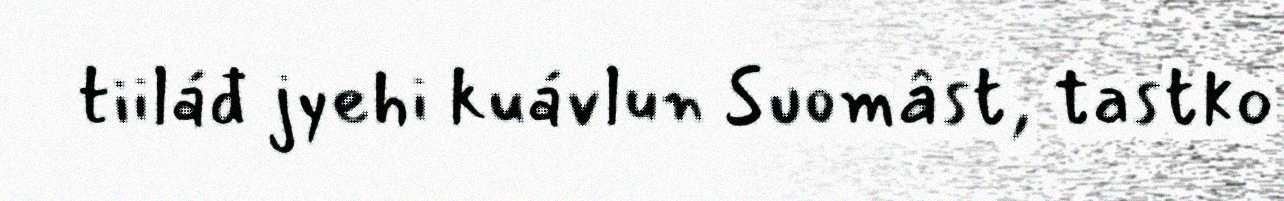
tiiláđ jyehi kuávlun Suomâst, tastko